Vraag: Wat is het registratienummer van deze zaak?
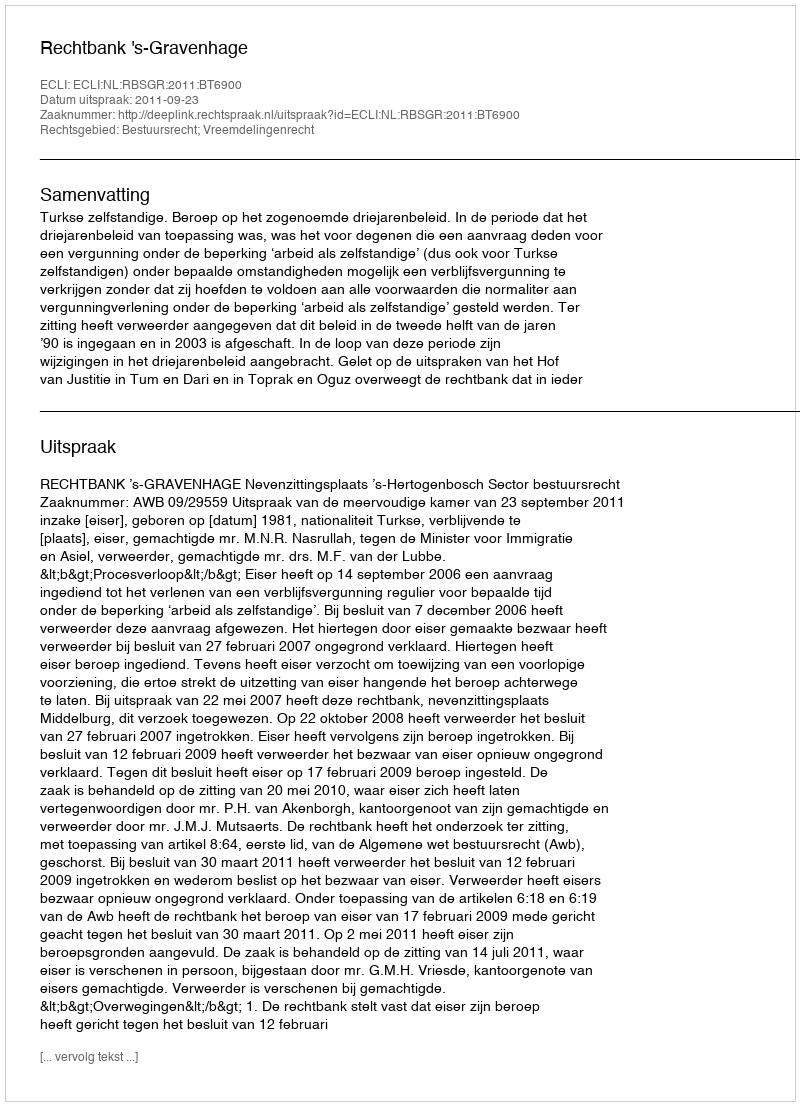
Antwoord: http://deeplink.rechtspraak.nl/uitspraak?id=ECLI:NL:RBSGR:2011:BT6900